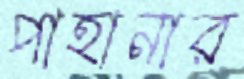
পাহানার